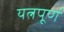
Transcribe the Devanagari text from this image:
यत्नपूर्ण